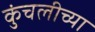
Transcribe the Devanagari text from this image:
कुंचलीच्या